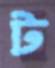
ট